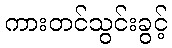
ကားတင်သွင်းခွင့်